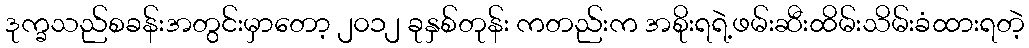
ဒုက္ခသည်စခန်းအတွင်းမှာတော့ ၂၀၁၂ ခုနှစ်တုန်း ကတည်းက အစိုးရရဲ့ဖမ်းဆီးထိမ်းသိမ်းခံထားရတဲ့